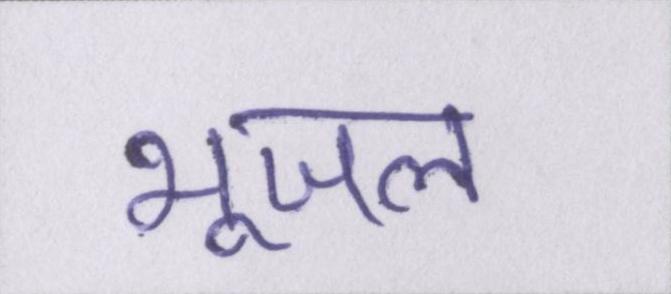
भूजल